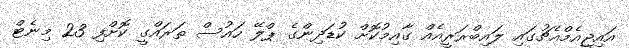
އައިޖީއެމްއެޗުގައި ލައިބްރަރީއެއް ގާއިމުކޮށް ކުޑަދިންގެ ޕްލޭ ހައުސް ތަރައްގީ ކޮށްފި 23 މިނެޓް